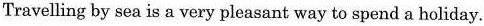
Travelling by sea is a very pleasant way to spend a holiday.